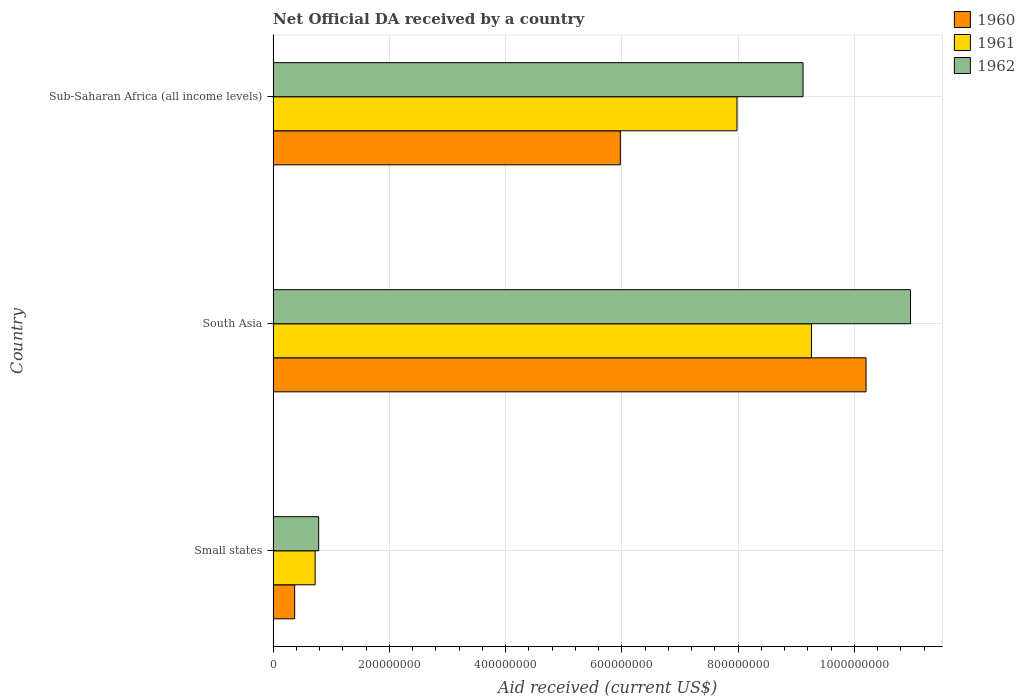
| Country | 1960 | 1961 | 1962 |
 | --- | --- | --- | --- |
 | Small states | 3.71e+07 | 7.23e+07 | 7.84e+07 |
 | South Asia | 1.02e+09 | 9.26e+08 | 1.1e+09 |
 | Sub-Saharan Africa (all income levels) | 5.97e+08 | 7.98e+08 | 9.12e+08 |